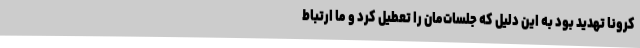
کرونا تهدید بود به این دلیل که جلسات‌مان را تعطیل کرد و ما ارتباط